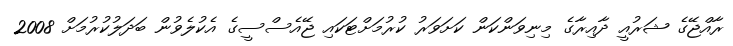
ރާއްޖޭގެ ޝަރުއީ ދާއިރާގެ މިނިވަންކަން ކަށަވަރު ކުރުމަށްޓަކައި ޖޭއެސްސީގެ އެކުލެވުން ބަދަލުކުރުމަށް 2008